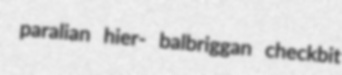
paralian hier- balbriggan checkbit